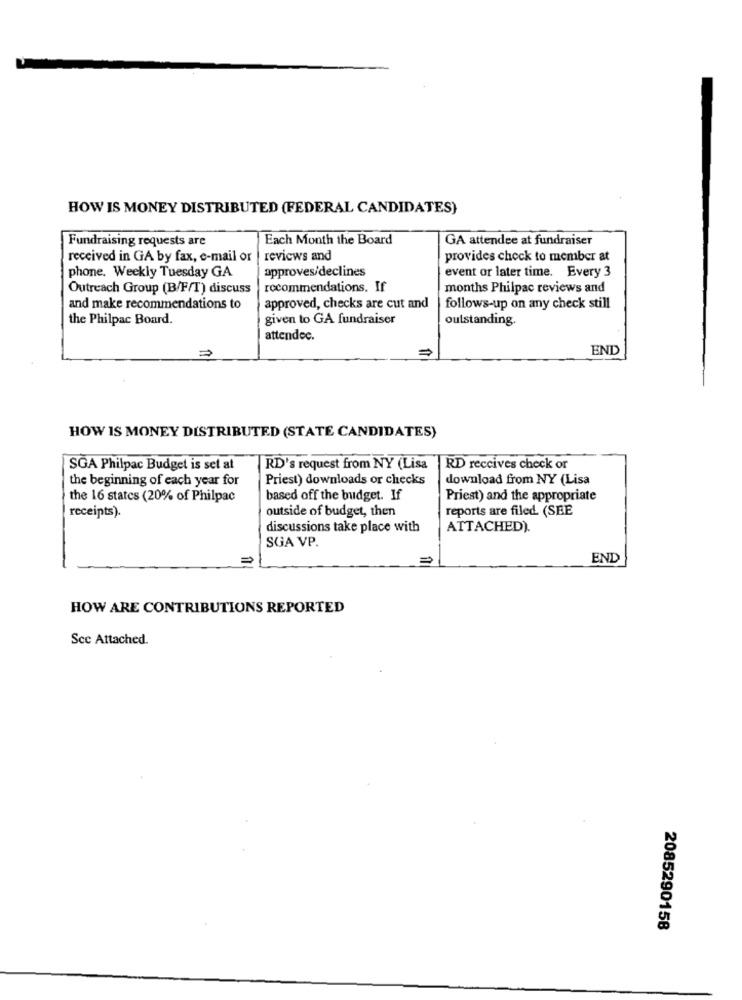
HOW IS MONEY DISTRIBUTED (FEDERAL CANDIDATES)
Fundraising requests are
Each Month the Board
GA attendee at fundraiser
received in GA by fax, e-mail or
reviews and
provides check to member at
approves/declines
event or later time. Every 3
phone. Weekly Tuesday GA
Outreach Group (B/F/T) discuss
recommendations. If
months Philpac reviews and
and make recommendations to
approved, checks are cut and
follows-up on any check still
the Philpac Board.
given to GA fundraiser
outstanding.
attendec.
END
HOW IS MONEY DISTRIBUTED (STATE CANDIDATES)
SGA Philpac Budget is set at
RD's request from NY (Lisa
RD receives check or
the beginning of each year for
Priest) downloads or checks
download from NY (Lisa
the 16 statcs (20% of Philpac
based off the budget. If
Priest) and the appropriate
outside of budget, then
reports are filed. (SEE
receipts).
discussions take place with
ATTACHED).
SGA VP.
END
HOW ARE CONTRIBUTIONS REPORTED
Scc Attached.
2085290158